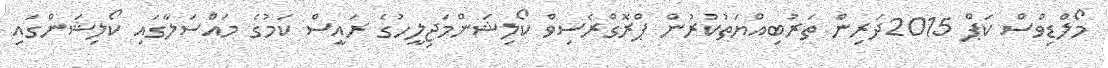
މޯލްޑިވްސް ކަޕް 2015ދަރިން ތަރުބިއްޔަތުކުރުން ޕްރޮގްރެސިވް ކޯލިޝަންމަޖިލީހުގެ ރައީސް ކަމުގެ މައްސަލާގައި ކޯލިޝަންގައި